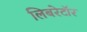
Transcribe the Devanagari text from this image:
लिबरेटॉर